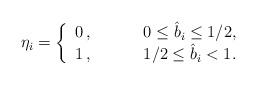
\begin{align*}\eta_i=\left\{\begin{array}{cc}0 \, , &\hspace{1cm} 0\leq \hat{b}_i \leq 1/2, \\1 \, , & \hspace{1cm} 1/2\leq \hat{b}_i < 1 .\end{array} \right.\end{align*}